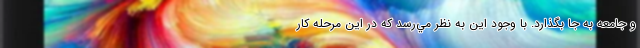
و جامعه به جا بگذارد. با وجود اين به نظر مي‌رسد كه در اين مرحله كار